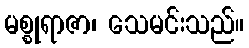
မစ္စုရာဇာ၊ သေမင်းသည်။